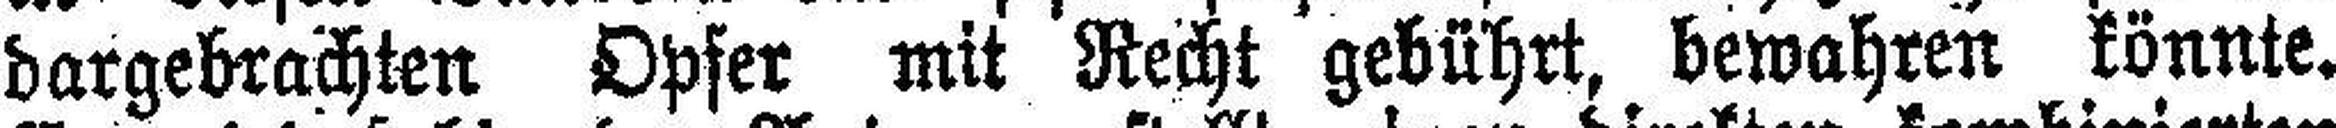
dargebrachten Opfer mit Recht gebührt, bewahren könnte.